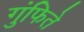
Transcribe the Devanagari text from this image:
गुंफिते